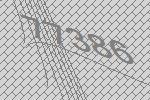
77386